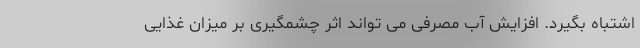
اشتباه بگیرد. افزایش آب مصرفی می تواند اثر چشمگیری بر میزان غذایی